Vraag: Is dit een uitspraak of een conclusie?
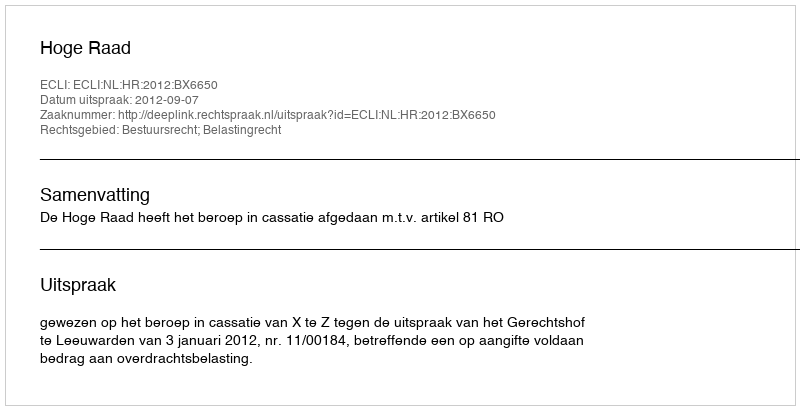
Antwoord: Uitspraak